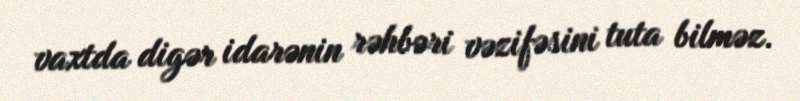
vaxtda digər idarənin rəhbəri vəzifəsini tuta bilməz.